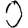
Digit: 0